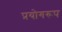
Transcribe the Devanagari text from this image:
प्रयोगरूप